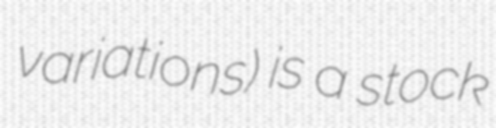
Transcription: variations) is a stock